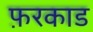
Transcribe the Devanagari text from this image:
फ़रकाड